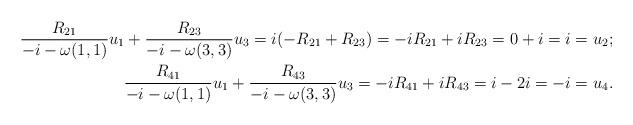
LaTeX: \begin{align*}\frac{R_{21}}{-i-\omega(1,1)}u_1+\frac{R_{23}}{-i-\omega(3,3)}u_3=i(-R_{21}+R_{23})=-iR_{21}+iR_{23}=0+i=i=u_2;\\\frac{R_{41}}{-i-\omega(1,1)}u_1+\frac{R_{43}}{-i-\omega(3,3)}u_3=-iR_{41}+iR_{43}=i-2i=-i=u_4.\end{align*}